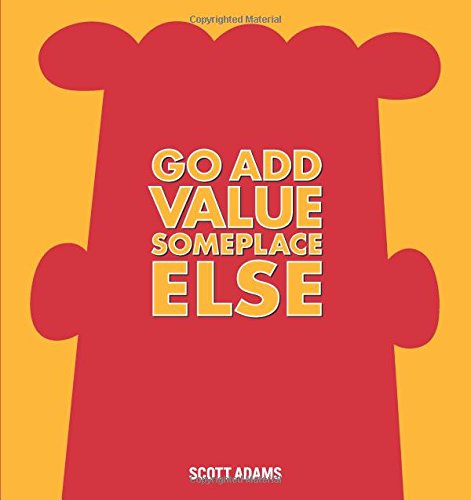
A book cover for Go Add Value Someplace Else: A Dilbert Book; Scott Adams; Comics & Graphic Novels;